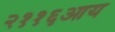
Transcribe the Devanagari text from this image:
२११६आय